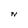
Character: N